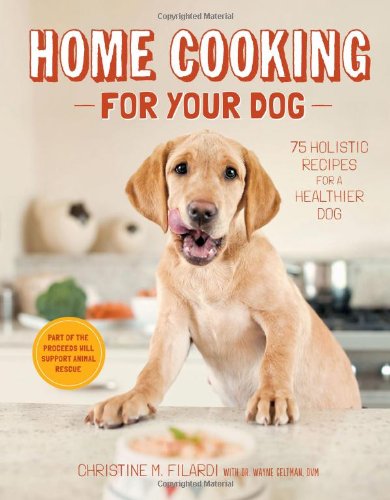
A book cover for Home Cooking for Your Dog: 75 Holistic Recipes for a Healthier Dog; Christine Filardi; Crafts, Hobbies & Home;